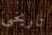
تاريخي